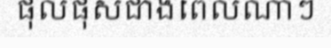
ផុលផុសជាងពេលណាៗ